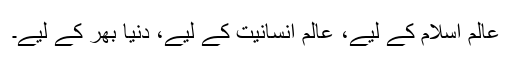
عالمِ اسلام کے لیے، عالمِ انسانیت کے لیے، دنیا بھر کے لیے۔